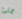
تملئ